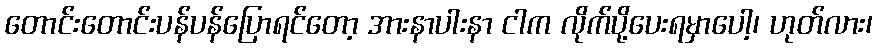
တောင်းတောင်းပန်ပန်ပြောရင်တော့ အားနာပါးနာ ငါက လိုက်ပို့ပေးရမှာပေါ့၊ ဟုတ်လား၊